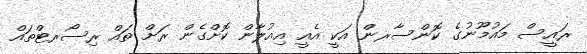
ރައީސް މައުމޫނުގެ ކޮންސާރން އަކީ އެއީ އިއުލާން ކޮށްގެން ރަށް ތައް ރިސޯރޓްތައް